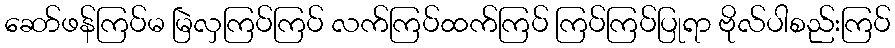
ဆော်ဖန်ကြပ်မ မြဲလှကြပ်ကြပ် လက်ကြပ်ထက်ကြပ် ကြပ်ကြပ်ပြုရာ ဗိုလ်ပါစည်းကြပ်